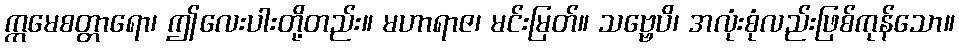
ဣမေစတ္တာရော၊ ဤလေးပါးတို့တည်း။ မဟာရာဇ၊ မင်းမြတ်။ သဗ္ဗေပိ၊ အလုံးစုံလည်းဖြစ်ကုန်သော။